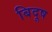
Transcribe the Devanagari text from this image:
बिदूष